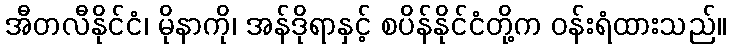
အီတလီနိုင်ငံ၊ မိုနာကို၊ အန်ဒိုရာနှင့် စပိန်နိုင်ငံတို့က ဝန်းရံထားသည်။